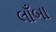
લાઁબા